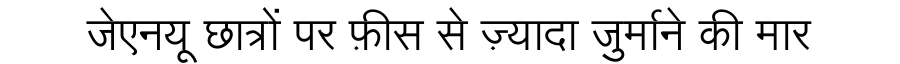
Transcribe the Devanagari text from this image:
जेएनयू छात्रों पर फ़ीस से ज़्यादा जुर्माने की मार